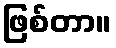
ဖြစ်တာ။